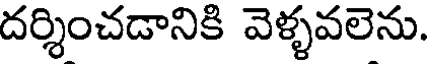
దర్శించడానికి వెళ్ళవలెను.